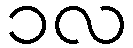
၁လ